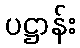
ပဋ္ဌာန်း